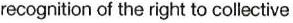
recognition of the right to collective